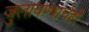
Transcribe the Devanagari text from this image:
जुलावण्याचेही